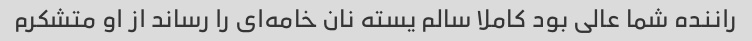
راننده شما عالی بود کاملا سالم یسته نان خامه‌ای را رساند از او متشکرم